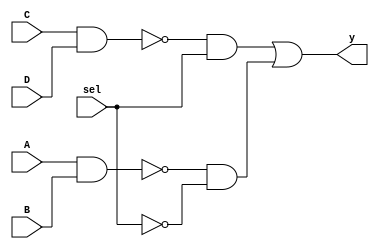
  module comb_str2(output y,
                 input sel, A, B, C, D);
wire in1, in0, temp1, temp0, nsel;
not ns(nsel, sel);
nand n1(in1, C, D),
     n0(in0, A, B);
and t1(temp1, in1, sel),
    t0(temp0, in0, nsel);
or o1(y, temp1, temp0);                                           
endmodule